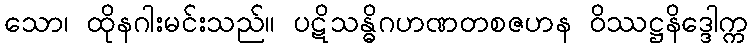
သော၊ ထိုနဂါးမင်းသည်။ ပဋိသန္ဓိဂဟဏတစဇဟန ဝိဿဋ္ဌနိဒ္ဒေါက္က